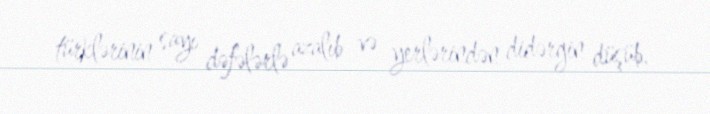
türklərinin sayı dəfələrlə azalıb və yerlərindən didərgin düşüb.